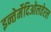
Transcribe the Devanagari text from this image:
इन्तेर्मेदिओलतेरल